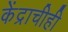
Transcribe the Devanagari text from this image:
केंद्राचीही